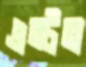
এন্টন